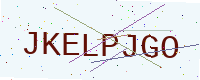
Text: JKELPJGO